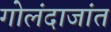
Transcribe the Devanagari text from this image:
गोलंदाजांत